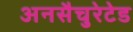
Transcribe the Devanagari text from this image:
अनसैचुरेटेड